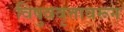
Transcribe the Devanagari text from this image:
विषुववृत्तावरून